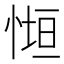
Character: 𭝧